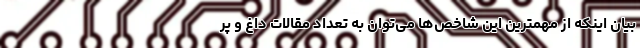
بیان اینکه از مهمترین این شاخص‌ها می‌توان به تعداد مقالات داغ و پر